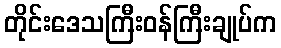
တိုင်းဒေသကြီးဝန်ကြီးချုပ်က